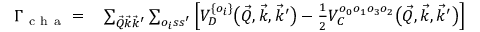
\begin{array} { r l } { \Gamma _ { \mathrm { ~ c ~ h ~ a ~ } } = } & { { } \sum _ { \vec { Q } \vec { k } \vec { k } ^ { \prime } } \sum _ { o _ { i } s s ^ { \prime } } \left[ V _ { D } ^ { \{ o _ { i } \} } \big ( \vec { Q } , \vec { k } , \vec { k } ^ { \prime } \big ) - { \textstyle { \frac { 1 } { 2 } } } V _ { C } ^ { o _ { 0 } o _ { 1 } o _ { 3 } o _ { 2 } } \big ( \vec { Q } , \vec { k } , \vec { k } ^ { \prime } \big ) \right] } \end{array}